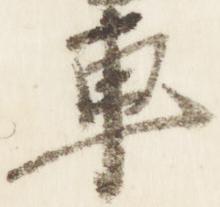
車